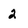
Character: 2